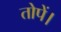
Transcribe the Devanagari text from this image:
तोपें।